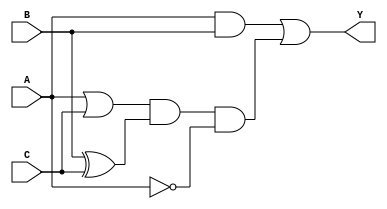
module combinational_logic(
    input wire A,
    input wire B,
    input wire C,
    output wire Y
);

wire w1, w2, w3, w4, w5;

assign w1 = A & B; // AND gate
assign w2 = A | C; // OR gate
assign w3 = B ^ C; // XOR gate
assign w4 = ~A; // NOT gate

assign w5 = w1 | w2 & w3 & w4; // Complex logic operation using OR, AND, XOR, and NOT gates

assign Y = w5;

endmodule